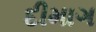
દીમાગ